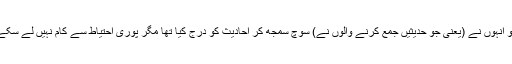
گو انہوں نے (یعنی جو حدیثیں جمع کرنے والوں نے) سوچ سمجھ کر احادیث کو درج کیا تھا مگر پوری احتیاط سے کام نہیں لے سکے۔